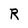
Character: R